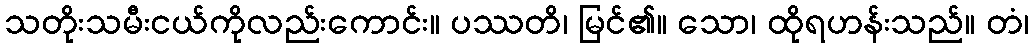
သတိုးသမီးငယ်ကိုလည်းကောင်း။ ပဿတိ၊ မြင်၏။ သော၊ ထိုရဟန်းသည်။ တံ၊